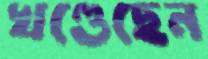
খণ্ডেছেন